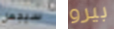
سيجعل بيرو